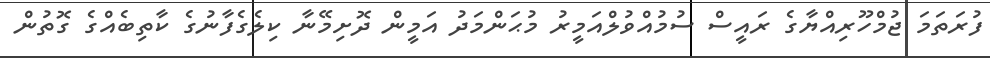
ފުރަތަމަ ޖުމްހޫރިއްޔާގެ ރައީސް ސުމުއްވުލްއަމީރު މުޙަންމަދު އަމީން ދޮށިމޭނާ ކިލެގެފާނުގެ ކާތިބެއްގެ ގޮތުން